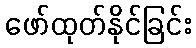
ဖော်ထုတ်နိုင်ခြင်း